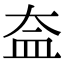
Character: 𥁋